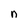
Character: n